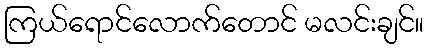
ကြယ်ရောင်လောက်တောင် မလင်းချင်။